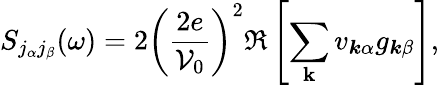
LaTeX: S_{j_{\alpha}j_{\beta}}(\omega)=2\bigg(\frac{2e}{\mathcal{V}_{0}}\bigg)^{2}\Re\left[\sum_{\mathbf{k}}v_{\boldsymbol{k}\alpha}g_{\boldsymbol{k}\beta}\right],